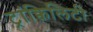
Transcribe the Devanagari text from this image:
ट्रांक्विलिटी